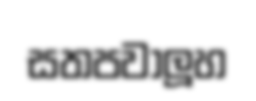
සතපවාලූහ